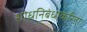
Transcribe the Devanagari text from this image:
शोधनिबंधाकरिता